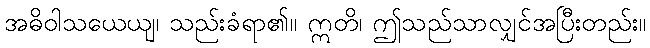
အဓိဝါသယေယျ၊ သည်းခံရာ၏။ ဣတိ၊ ဤသည်သာလျှင်အပြီးတည်း။